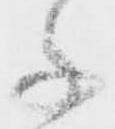
子